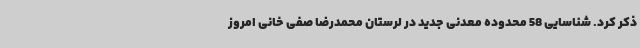
ذکر کرد. شناسایی 58 محدوده معدنی جدید در لرستان محمدرضا صفی خانی امروز